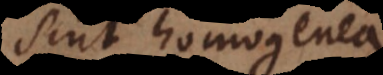
sint homogenea.